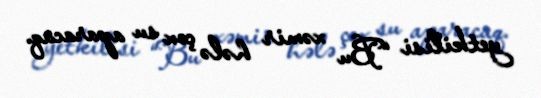
yetkilisi “Bu xəmir hələ çox su aparacaq.